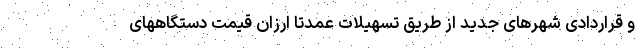
و قراردادی شهرهای جدید از طریق تسهیلات عمدتا ارزان قیمت دستگاههای